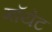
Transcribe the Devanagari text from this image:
मॉयेट